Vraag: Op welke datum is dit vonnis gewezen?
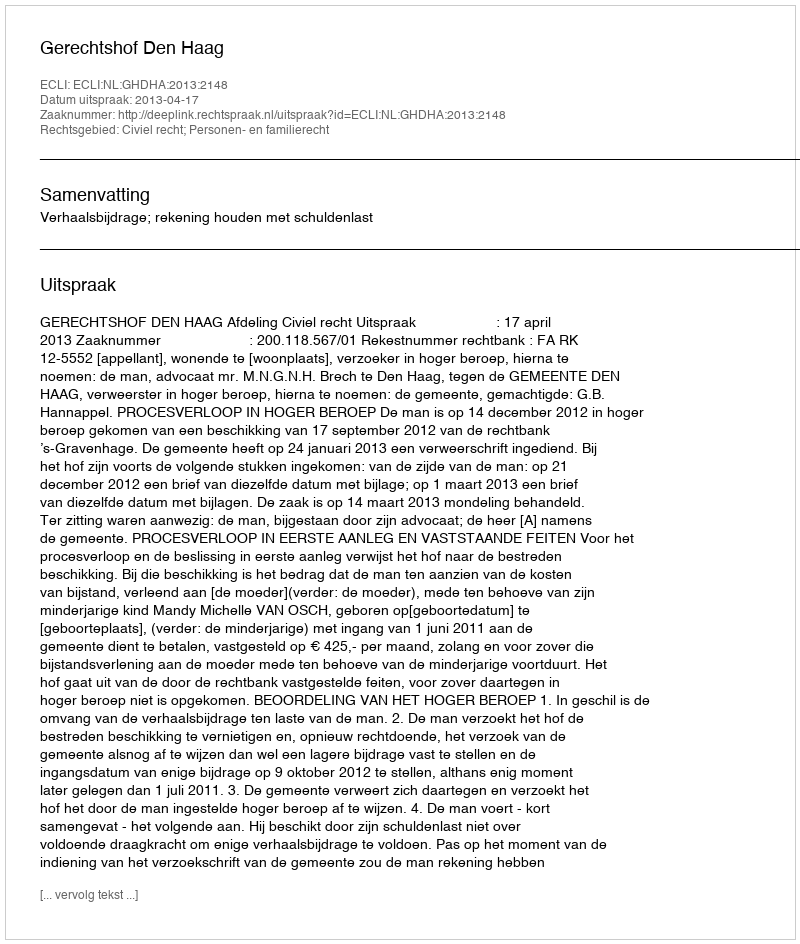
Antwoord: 2013-04-17